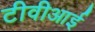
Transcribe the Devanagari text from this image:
टीवीआई